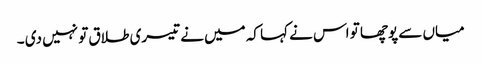
میاں سے پوچھا تو اس نے کہا کہ میں نے تیسری طلاق تو نہیں دی ۔